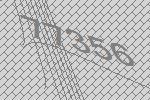
77356